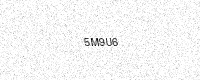
Text: 5M9U6